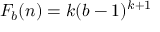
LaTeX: F _ { b } ( n ) = k ( b - 1 ) ^ { k + 1 }